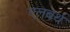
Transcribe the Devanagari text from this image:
एलबर्थ